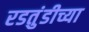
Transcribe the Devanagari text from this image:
रडतुंडीच्या